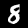
Digit: 8